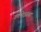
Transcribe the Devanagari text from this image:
वर्णभेदसंस्था